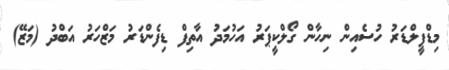
މިޑްފީލްޑަރު ހުސެއިން ނިހާން ގޯލްކީޕަރު އަހުމަދު އާތިފް ޑިފެންޑަރު މަޒްހަރު އަބްދު (މަޒޭ)